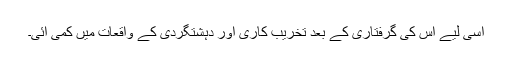
اسی لیے اس کی گرفتاری کے بعد تخریب کاری اور دہشتگردی کے واقعات میں کمی آئی۔